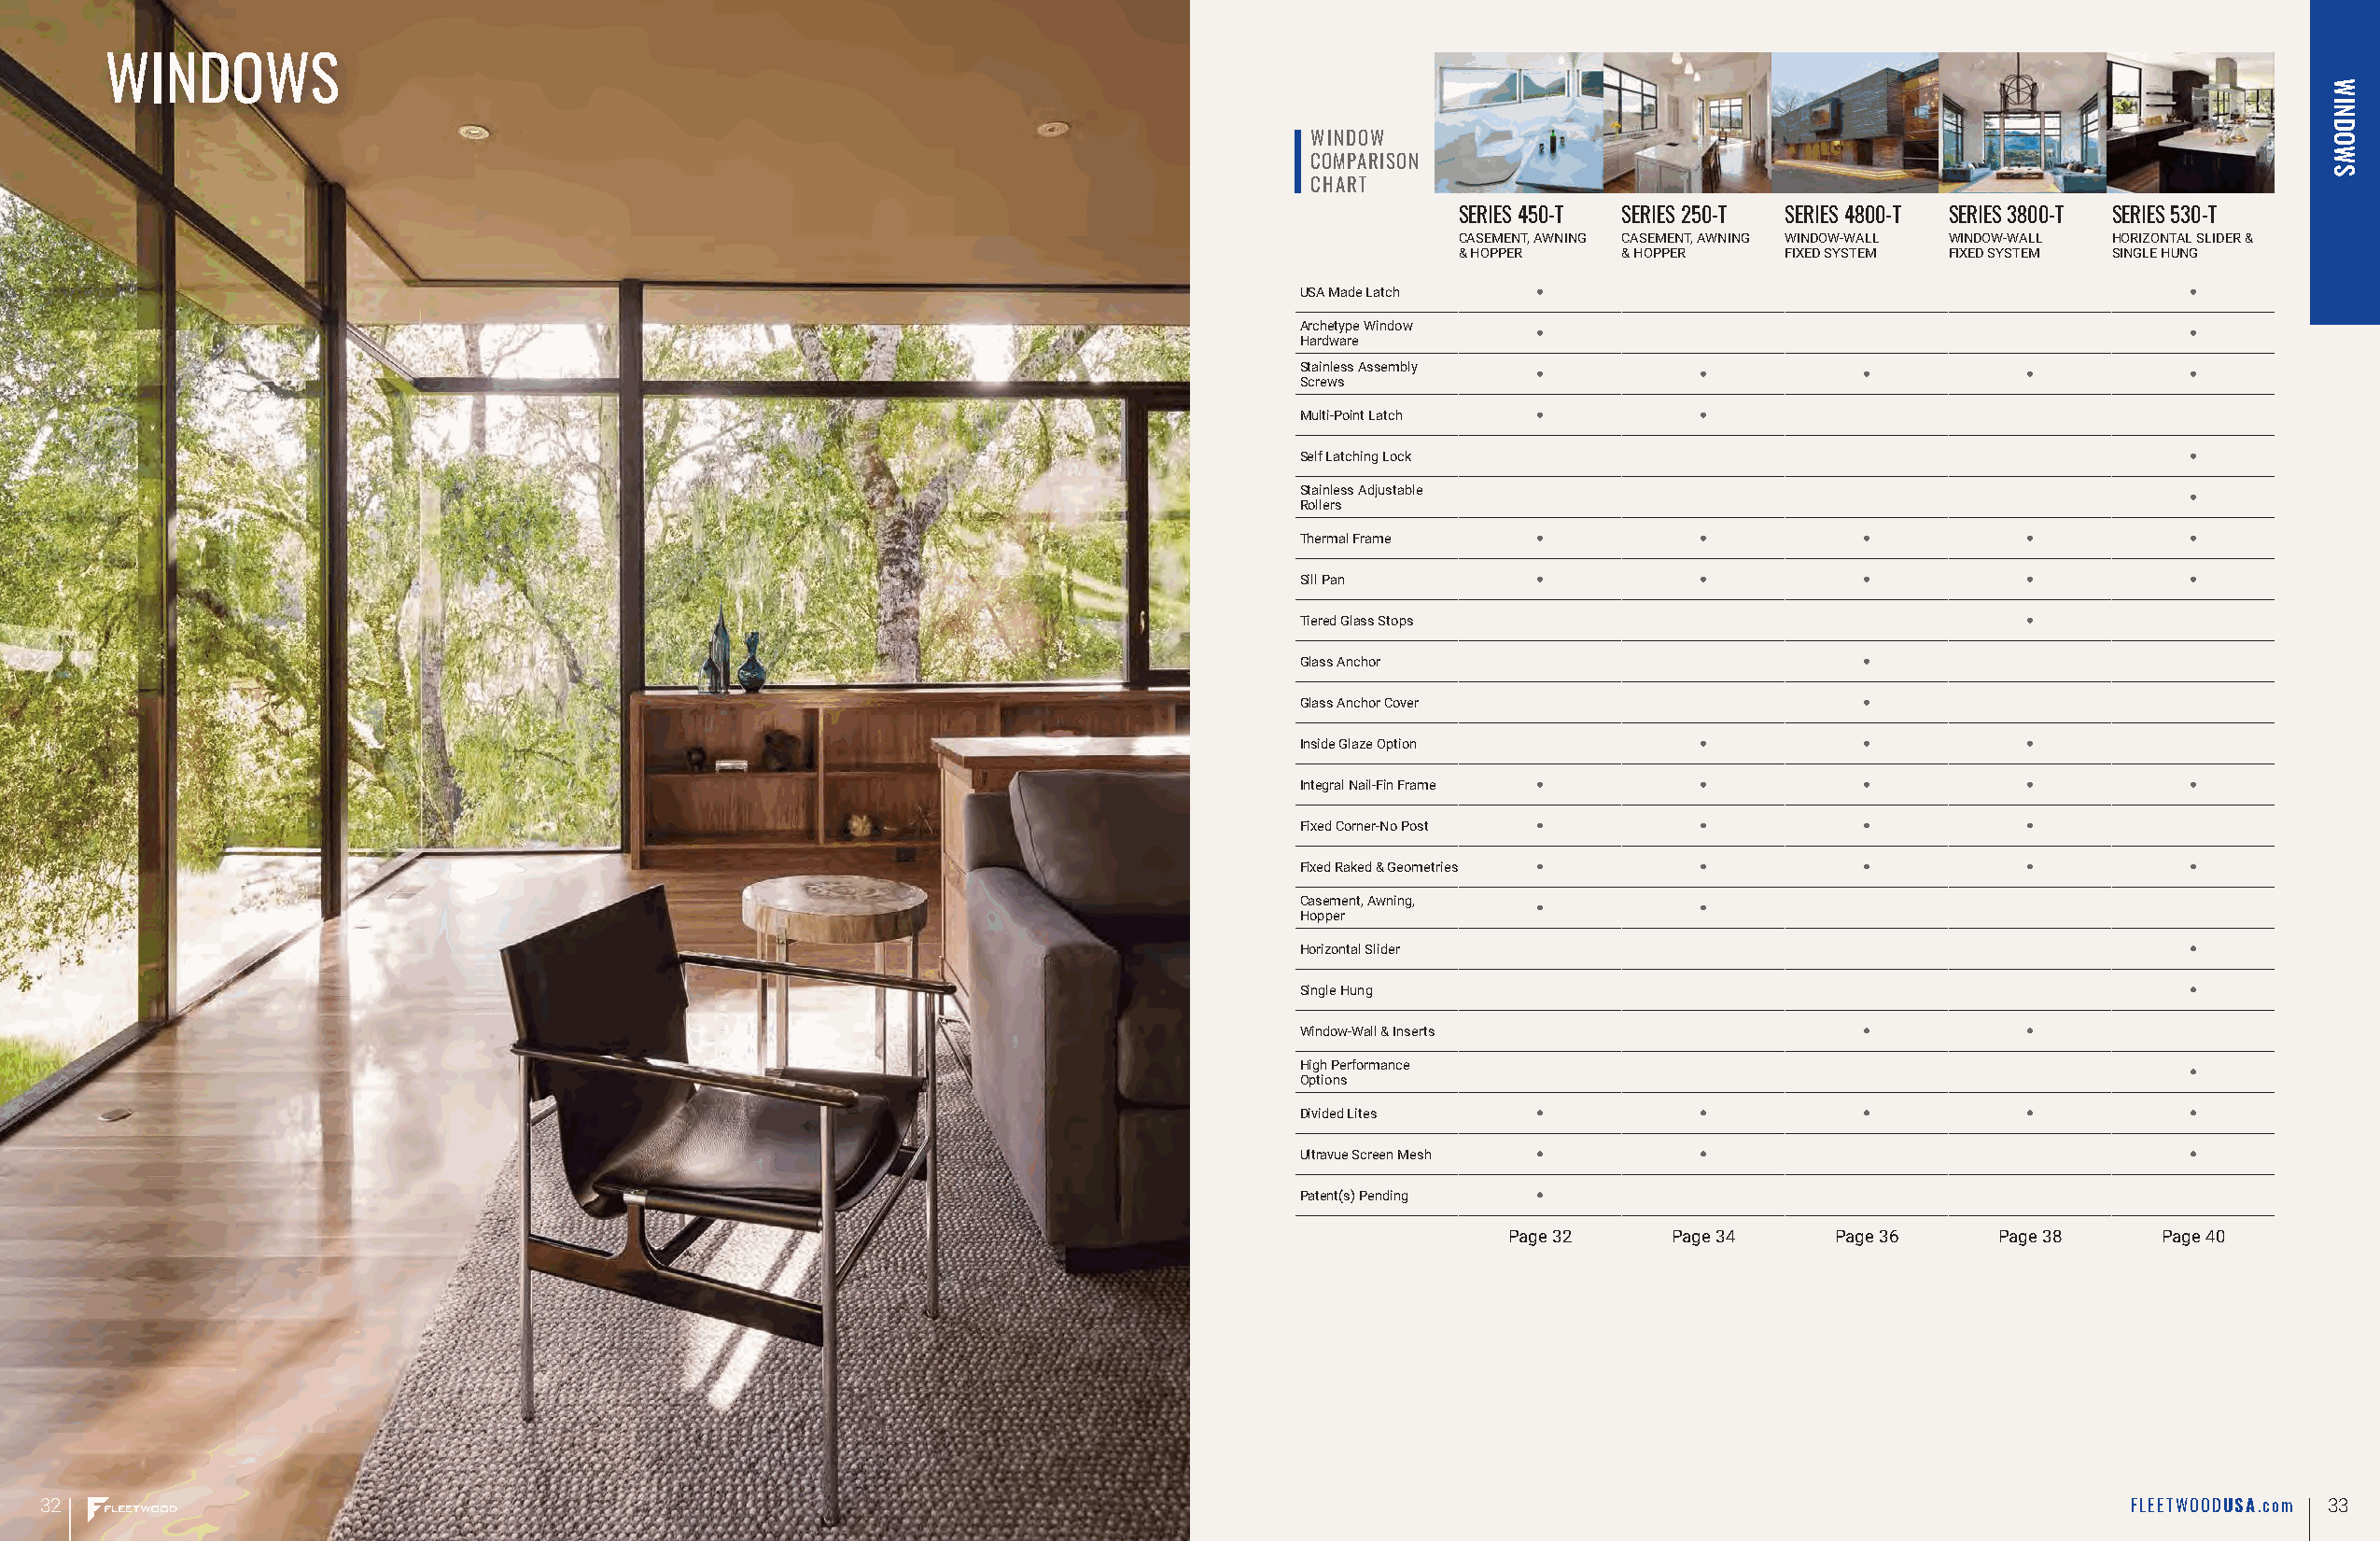
WINDOWS
 WINDOW
 COMPARISON
 CHART
 SERIES 450-T SERIES 250-T SERIES 4800-T SERIES 3800-T SERIES 530-T
 CASEMENT, AWNING CASEMENT, AWNING WINDOW-WALL WINDOW-WALL HORIZONTAL SLIDER &
 & HOPPER    & HOPPER    FIXED SYSTEM FIXED SYSTEM SINGLE HUNG
 USA Made Latch
 Archetype Window
 Hardware
 Stainless Assembly
 Screws
 Multi-Point Latch
 Self Latching Lock
 Stainless Adjustable
 Rollers
 Thermal Frame
 Sill Pan
 Tiered Glass Stops
 Glass Anchor
 Glass Anchor Cover
 Inside Glaze Option
 Integral Nail-Fin Frame
 Fixed Corner-No Post
 Fixed Raked & Geometries
 Casement, Awning,
 Hopper
 Horizontal Slider
 Single Hung
 Window-Wall & Inserts
 High Performance
 Options
 Divided Lites
 Ultravue Screen Mesh
 Patent(s) Pending
 Page 32     Page 34    Page 36     Page 38    Page 40
 32                                                                                                                                                  FLEETWOODUSA. com 33
 WINDOWS